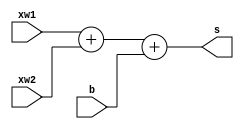
`timescale 1ns / 1ps

module threeOperandAdder(s,xw1,xw2,b

    );
    output[4:0] s;
    input [3:0] xw1,xw2,b ;
    
    assign s =$signed(xw1)+$signed(xw2)+$signed(b);
endmodule